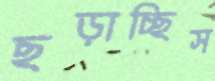
ছড়াচ্ছিস